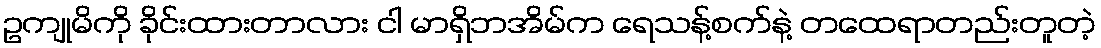
ဥကျုမိကို ခိုင်းထားတာလား ငါ မာရှိဘအိမ်က ရေသန့်စက်နဲ့ တထေရာတည်းတူတဲ့